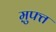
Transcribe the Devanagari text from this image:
म़ुफ्त